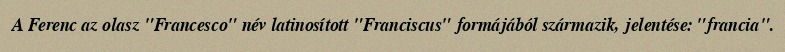
A Ferenc az olasz "Francesco" név latinosított "Franciscus" formájából származik, jelentése: "francia".